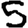
Digit: 5